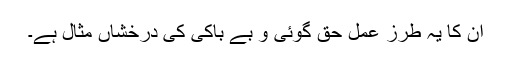
ان کا یہ طرز عمل حق گوئی و بے باکی کی درخشاں مثال ہے۔